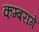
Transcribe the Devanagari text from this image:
कम्बरागे